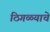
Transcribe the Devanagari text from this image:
ठिगळ्याचे